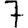
Digit: 7